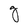
Character: g